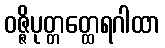
ဝဇ္ဇိပုတ္တတ္ထေရဂါထာ